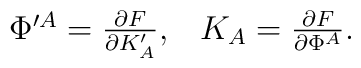
\matrix{\Phi^{\prime A}={\partial F\over \partial K^\prime_A},&K_A={\partial F\over \partial \Phi^A}.}